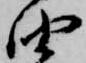
油